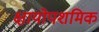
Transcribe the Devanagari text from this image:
क्षायोपशमिक